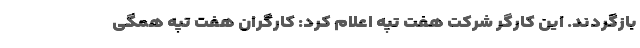
بازگردند. این کارگر شرکت هفت تپه اعلام کرد: کارگران هفت تپه همگی